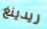
ريدينغ